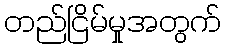
တည်ငြိမ်မှုအတွက်